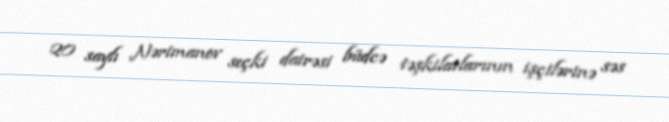
20 saylı Nərimanov seçki dairəsi büdcə təşkilatlarının işçilərinə səs